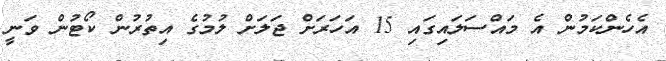
އެހެންކަމުން އެ މައްސަލައިގައި 15 އަހަރަށް ޖަލަށް ލުމުގެ އިތުރުން ކޯޓުން ވަނީ